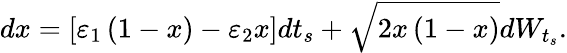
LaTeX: dx=\left[\varepsilon_{1}\left(1-x\right)-\varepsilon_{2}x\right]dt_{s}+\sqrt{2x\left(1-x\right)}dW_{t_{s}}.